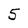
Character: 5